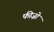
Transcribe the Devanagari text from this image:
फीज़ो